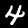
Digit: 4